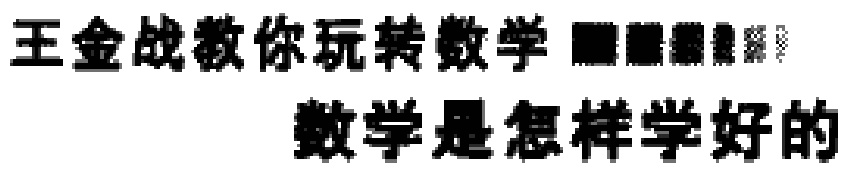
王金战教你玩转数学 数学是怎样学好的